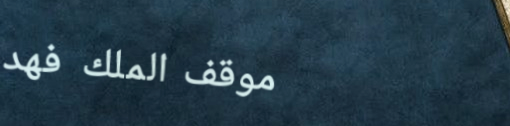
موقف الملك فهد